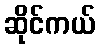
ဆိုင်ကယ်